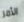
الأمر